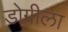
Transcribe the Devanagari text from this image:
डोग्रीला